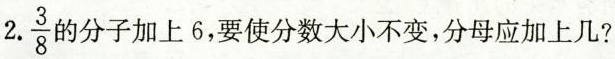
2. \frac{3}{8}的分子加上6，要使分数大小不变，分母应加上几?